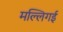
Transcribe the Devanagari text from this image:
मल्लिगई